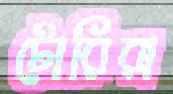
টোরিরা